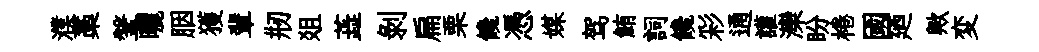
濮藁鞶曬胭獲輩剏爼蕋剝扁栗饞憑媒驾鮪詞饞彩通讙灤盼棬國廼歟変